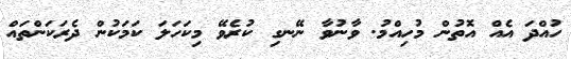
ހުއްދަ އެއް އޮތުން މުހިއްމު. ވާނުވާ ނޭނގި ކުރެވޭ މިކަހަލަ ކަމަކުން ދެރަކަންތައް